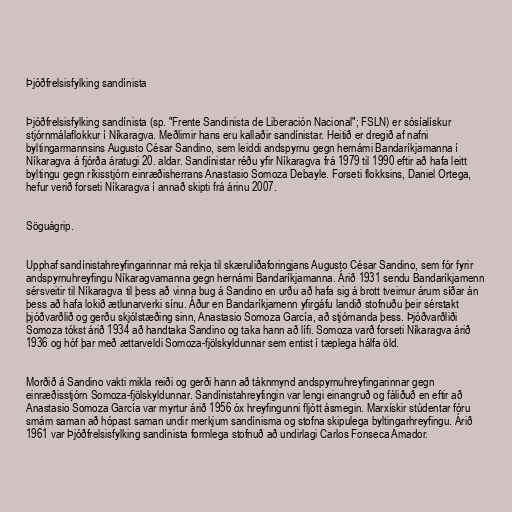
Þjóðfrelsisfylking sandínista

Þjóðfrelsisfylking sandínista (sp. "Frente Sandinista de Liberación Nacional"; FSLN) er sósíalískur
stjórnmálaflokkur í Níkaragva. Meðlimir hans eru kallaðir sandínistar. Heitið er dregið af nafni
byltingarmannsins Augusto César Sandino, sem leiddi andspyrnu gegn hernámi Bandaríkjamanna í
Níkaragva á fjórða áratugi 20. aldar. Sandínistar réðu yfir Níkaragva frá 1979 til 1990 eftir að hafa leitt
byltingu gegn ríkisstjórn einræðisherrans Anastasio Somoza Debayle. Forseti flokksins, Daniel Ortega,
hefur verið forseti Níkaragva í annað skipti frá árinu 2007.

Söguágrip.

Upphaf sandínistahreyfingarinnar má rekja til skæruliðaforingjans Augusto César Sandino, sem fór fyrir
andspyrnuhreyfingu Níkaragvamanna gegn hernámi Bandaríkjamanna. Árið 1931 sendu Bandaríkjamenn
sérsveitir til Níkaragva til þess að vinna bug á Sandino en urðu að hafa sig á brott tveimur árum síðar án
þess að hafa lokið ætlunarverki sínu. Áður en Bandaríkjamenn yfirgáfu landið stofnuðu þeir sérstakt
þjóðvarðlið og gerðu skjólstæðing sinn, Anastasio Somoza García, að stjórnanda þess. Þjóðvarðliði
Somoza tókst árið 1934 að handtaka Sandino og taka hann að lífi. Somoza varð forseti Níkaragva árið
1936 og hóf þar með ættarveldi Somoza-fjölskyldunnar sem entist í tæplega hálfa öld.

Morðið á Sandino vakti mikla reiði og gerði hann að táknmynd andspyrnuhreyfingarinnar gegn
einræðisstjórn Somoza-fjölskyldunnar. Sandínistahreyfingin var lengi einangruð og fáliðuð en eftir að
Anastasio Somoza García var myrtur árið 1956 óx hreyfingunni fljótt ásmegin. Marxískir stúdentar fóru
smám saman að hópast saman undir merkjum sandínisma og stofna skipulega byltingarhreyfingu. Árið
1961 var Þjóðfrelsisfylking sandínista formlega stofnuð að undirlagi Carlos Fonseca Amador.